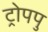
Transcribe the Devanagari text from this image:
ट्रोपपु